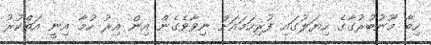
ހިބާ މޫނުބުރުގާގެ ހިޔަލުގައި ފުރިހަމައަށް ނިވާވެގެން އިން އިރު ހުމާ އިނީ އަތްކުރު